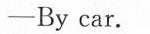
-By car.